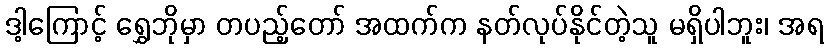
ဒါ့ကြောင့် ရွှေဘိုမှာ တပည့်တော် အထက်က နတ်လုပ်နိုင်တဲ့သူ မရှိပါဘူး၊ အရ